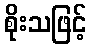
စိုးသဖြင့်